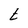
Character: t